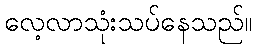
လေ့လာသုံးသပ်နေသည်။